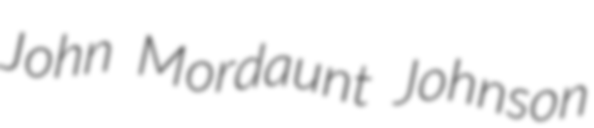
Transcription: John Mordaunt Johnson